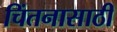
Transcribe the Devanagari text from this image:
चिंतनासाठी